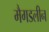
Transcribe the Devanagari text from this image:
मैगडलीन